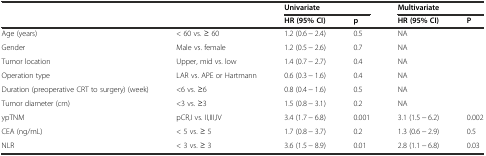
<table><thead><tr><td colspan="2"></td><td colspan="2"><b>Univariate</b></td><td colspan="2"><b>Multivariate</b></td></tr><tr><td colspan="2"></td><td><b>HR (95% CI)</b></td><td><b>p</b></td><td><b>HR (95% CI)</b></td><td><b>P</b></td></tr></thead><tbody><tr><td>Age (years)</td><td>&lt; 60 vs. ≥ 60</td><td>1.2 (0.6 − 2.4)</td><td>0.5</td><td>NA</td><td></td></tr><tr><td>Gender</td><td>Male vs. female</td><td>1.2 (0.5 − 2.6)</td><td>0.7</td><td>NA</td><td></td></tr><tr><td>Tumor location</td><td>Upper, mid vs. low</td><td>1.4 (0.7 − 2.7)</td><td>0.4</td><td>NA</td><td></td></tr><tr><td>Operation type</td><td>LAR vs. APE or Hartmann</td><td>0.6 (0.3 − 1.6)</td><td>0.4</td><td>NA</td><td></td></tr><tr><td>Duration (preoperative CRT to surgery) (week)</td><td>&lt;6 vs. ≥6</td><td>0.8 (0.4 − 1.6)</td><td>0.5</td><td>NA</td><td></td></tr><tr><td>Tumor diameter (cm)</td><td>&lt;3 vs. ≥3</td><td>1.5 (0.8 − 3.1)</td><td>0.2</td><td>NA</td><td></td></tr><tr><td>ypTNM</td><td>pCR,I vs. II,III,IV</td><td>3.4 (1.7 − 6.8)</td><td>0.001</td><td>3.1 (1.5 − 6.2)</td><td>0.002</td></tr><tr><td>CEA (ng/mL)</td><td>&lt; 5 vs. ≥ 5</td><td>1.7 (0.8 − 3.7)</td><td>0.2</td><td>1.3 (0.6 − 2.9)</td><td>0.5</td></tr><tr><td>NLR</td><td>&lt; 3 vs. ≥ 3</td><td>3.6 (1.5 − 8.9)</td><td>0.01</td><td>2.8 (1.1 − 6.8)</td><td>0.03</td></tr></tbody></table>